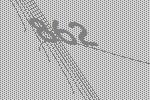
862